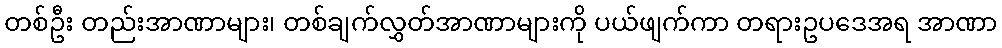
တစ်ဦး တည်းအာဏာများ၊ တစ်ချက်လွှတ်အာဏာများကို ပယ်ဖျက်ကာ တရားဥပဒေအရ အာဏာ